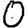
Digit: 0